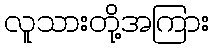
လူသားတို့အကြား